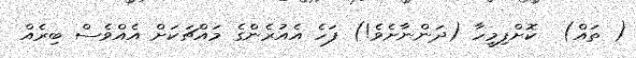
( ތައް)  ކޮށްފިމީހާ (ދަންނާށެވެ!) ފަހެ އެއުރެންގެ މައްޗަކަށް އެއްވެސް ބިރެއް